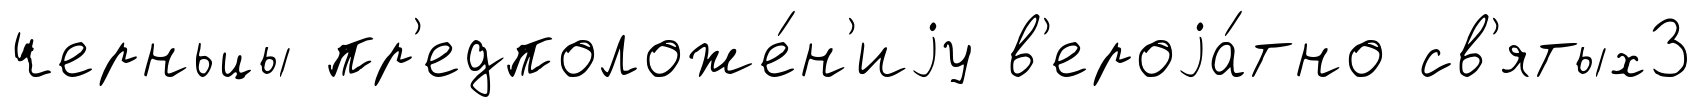
черньцы пр'едположе́н'иjу в'ероjа́тно св'ятых3